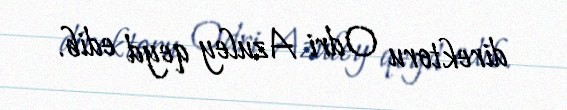
direktoru Odri Azuley qeyd edib.